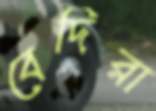
বেদিরা